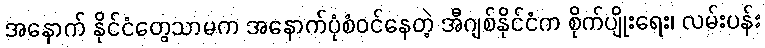
အနောက် နိုင်ငံတွေသာမက အနောက်ပုံစံဝင်နေတဲ့ အီဂျစ်နိုင်ငံက စိုက်ပျိုးရေး၊ လမ်းပန်း